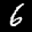
Label: 6